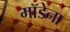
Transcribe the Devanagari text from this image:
मॉडेना